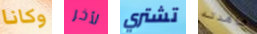
وكانا لأخر تشتري شاهدته